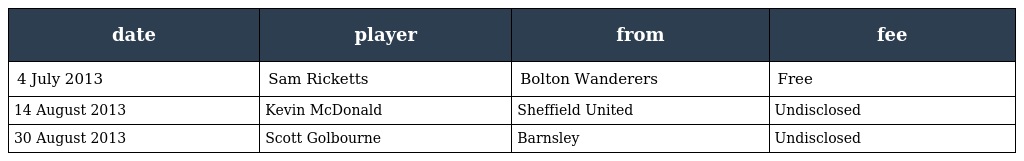
| date | player | from | fee |
 | --- | --- | --- | --- |
 | 4 July 2013 | Sam Ricketts | Bolton Wanderers | Free |
 | 14 August 2013 | Kevin McDonald | Sheffield United | Undisclosed |
 | 30 August 2013 | Scott Golbourne | Barnsley | Undisclosed |